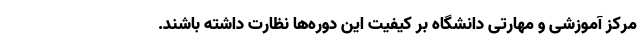
مرکز آموزشی و مهارتی دانشگاه بر کیفیت این دوره‌ها نظارت داشته باشند.